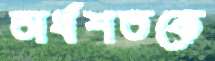
অর্ধশতকে